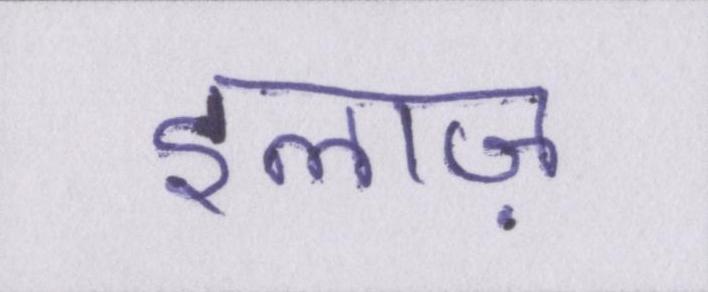
इलाज़